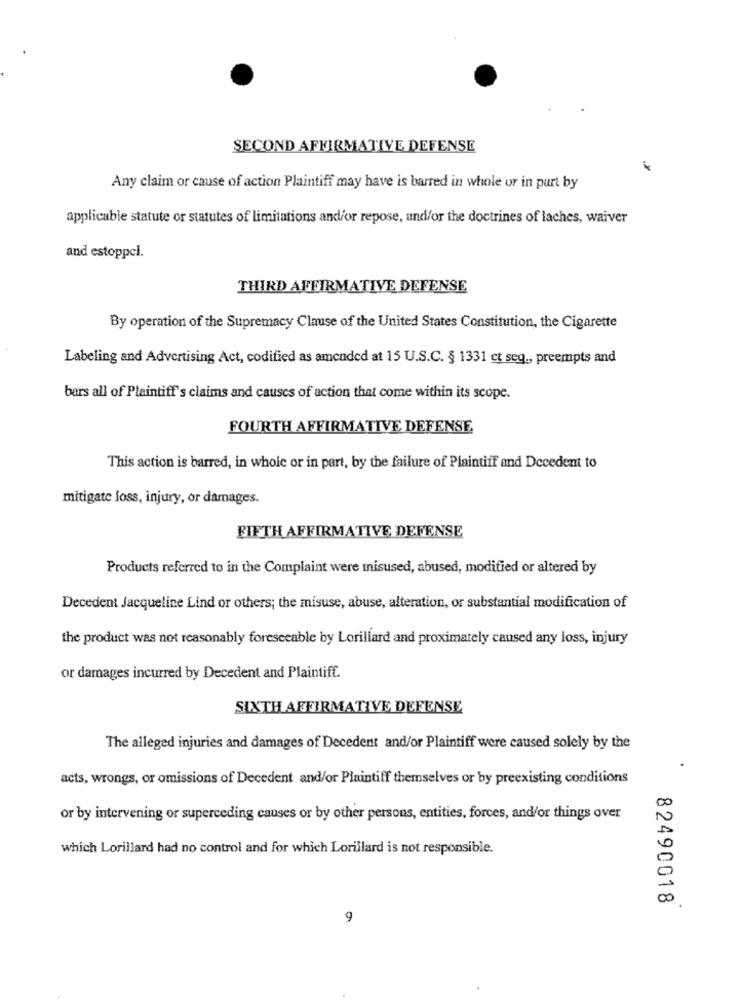
SECOND AFFIRMATIVE DEFENSE
Any claim or cause of action Plaintiff may have is barred in whole or in part by
applicable statute or statutes of limitations and/or repose, und/or the doctrines of laches, waiver
and estoppel.
THIRD AFFIRMATIVE DEFENSE
By operation of the Supremacy Clause of the United States Constitution, the Cigarette
Labeling and Advertising Act, codified as amended at 15 U.S.C. § 1331 ct seg ., preempts and
bars all of Plaintiff's claims and causes of action that come within its scope.
FOURTH AFFIRMATIVE DEFENSE
This action is barred, in whole or in part, by the failure of Plaintiff and Decedent to
mitigate loss, injury, or damages.
FIFTH AFFIRMATIVE DEFENSE
Products referred to in the Complaint were misused, abused, modified or altered by
Decedent Jacqueline Lind or others; the misuse, abuse, alteration, or substantial modification of
the product was not reasonably foreseeable by Lorillard and proximately caused any loss, injury
or damages incurred by Decedent and Plaintiff.
SIXTH AFFIRMATIVE DEFENSE
The alleged injuries and damages of Decedent and/or Plaintiff were caused solely by the
acts, wrongs, or omissions of Decedent and/or Plaintiff themselves or by preexisting conditions
00
or by intervening or superceding causes or by other persons, entities, forces, and/or things over
which Lorillard had no control and for which Lorillard is not responsible.
00
82490018
9